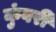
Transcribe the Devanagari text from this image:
कुंवरी